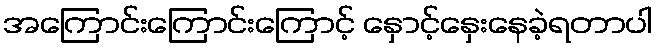
အကြောင်းကြောင်းကြောင့် နှောင့်နှေးနေခဲ့ရတာပါ